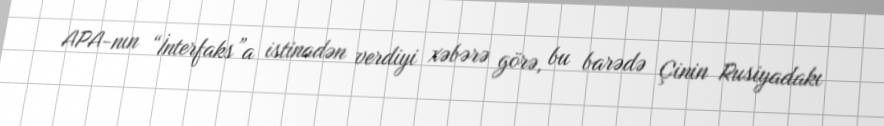
APA-nın “İnterfaks”a istinadən verdiyi xəbərə görə, bu barədə Çinin Rusiyadakı